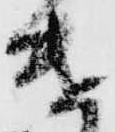
遣